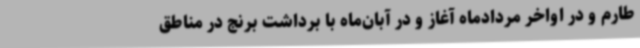
طارم و در اواخر مردادماه آغاز و در آبان‌ماه با برداشت برنج در مناطق